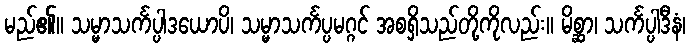
မည်၏။ သမ္မာသင်္ကပ္ပါဒယောပိ၊ သမ္မာသင်္ကပ္ပမဂ္ဂင် အစရှိသည်တို့ကိုလည်း။ မိစ္ဆာ၊ သင်္ကပ္ပါဒီနံ၊